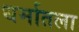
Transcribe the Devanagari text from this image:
धर्मातला